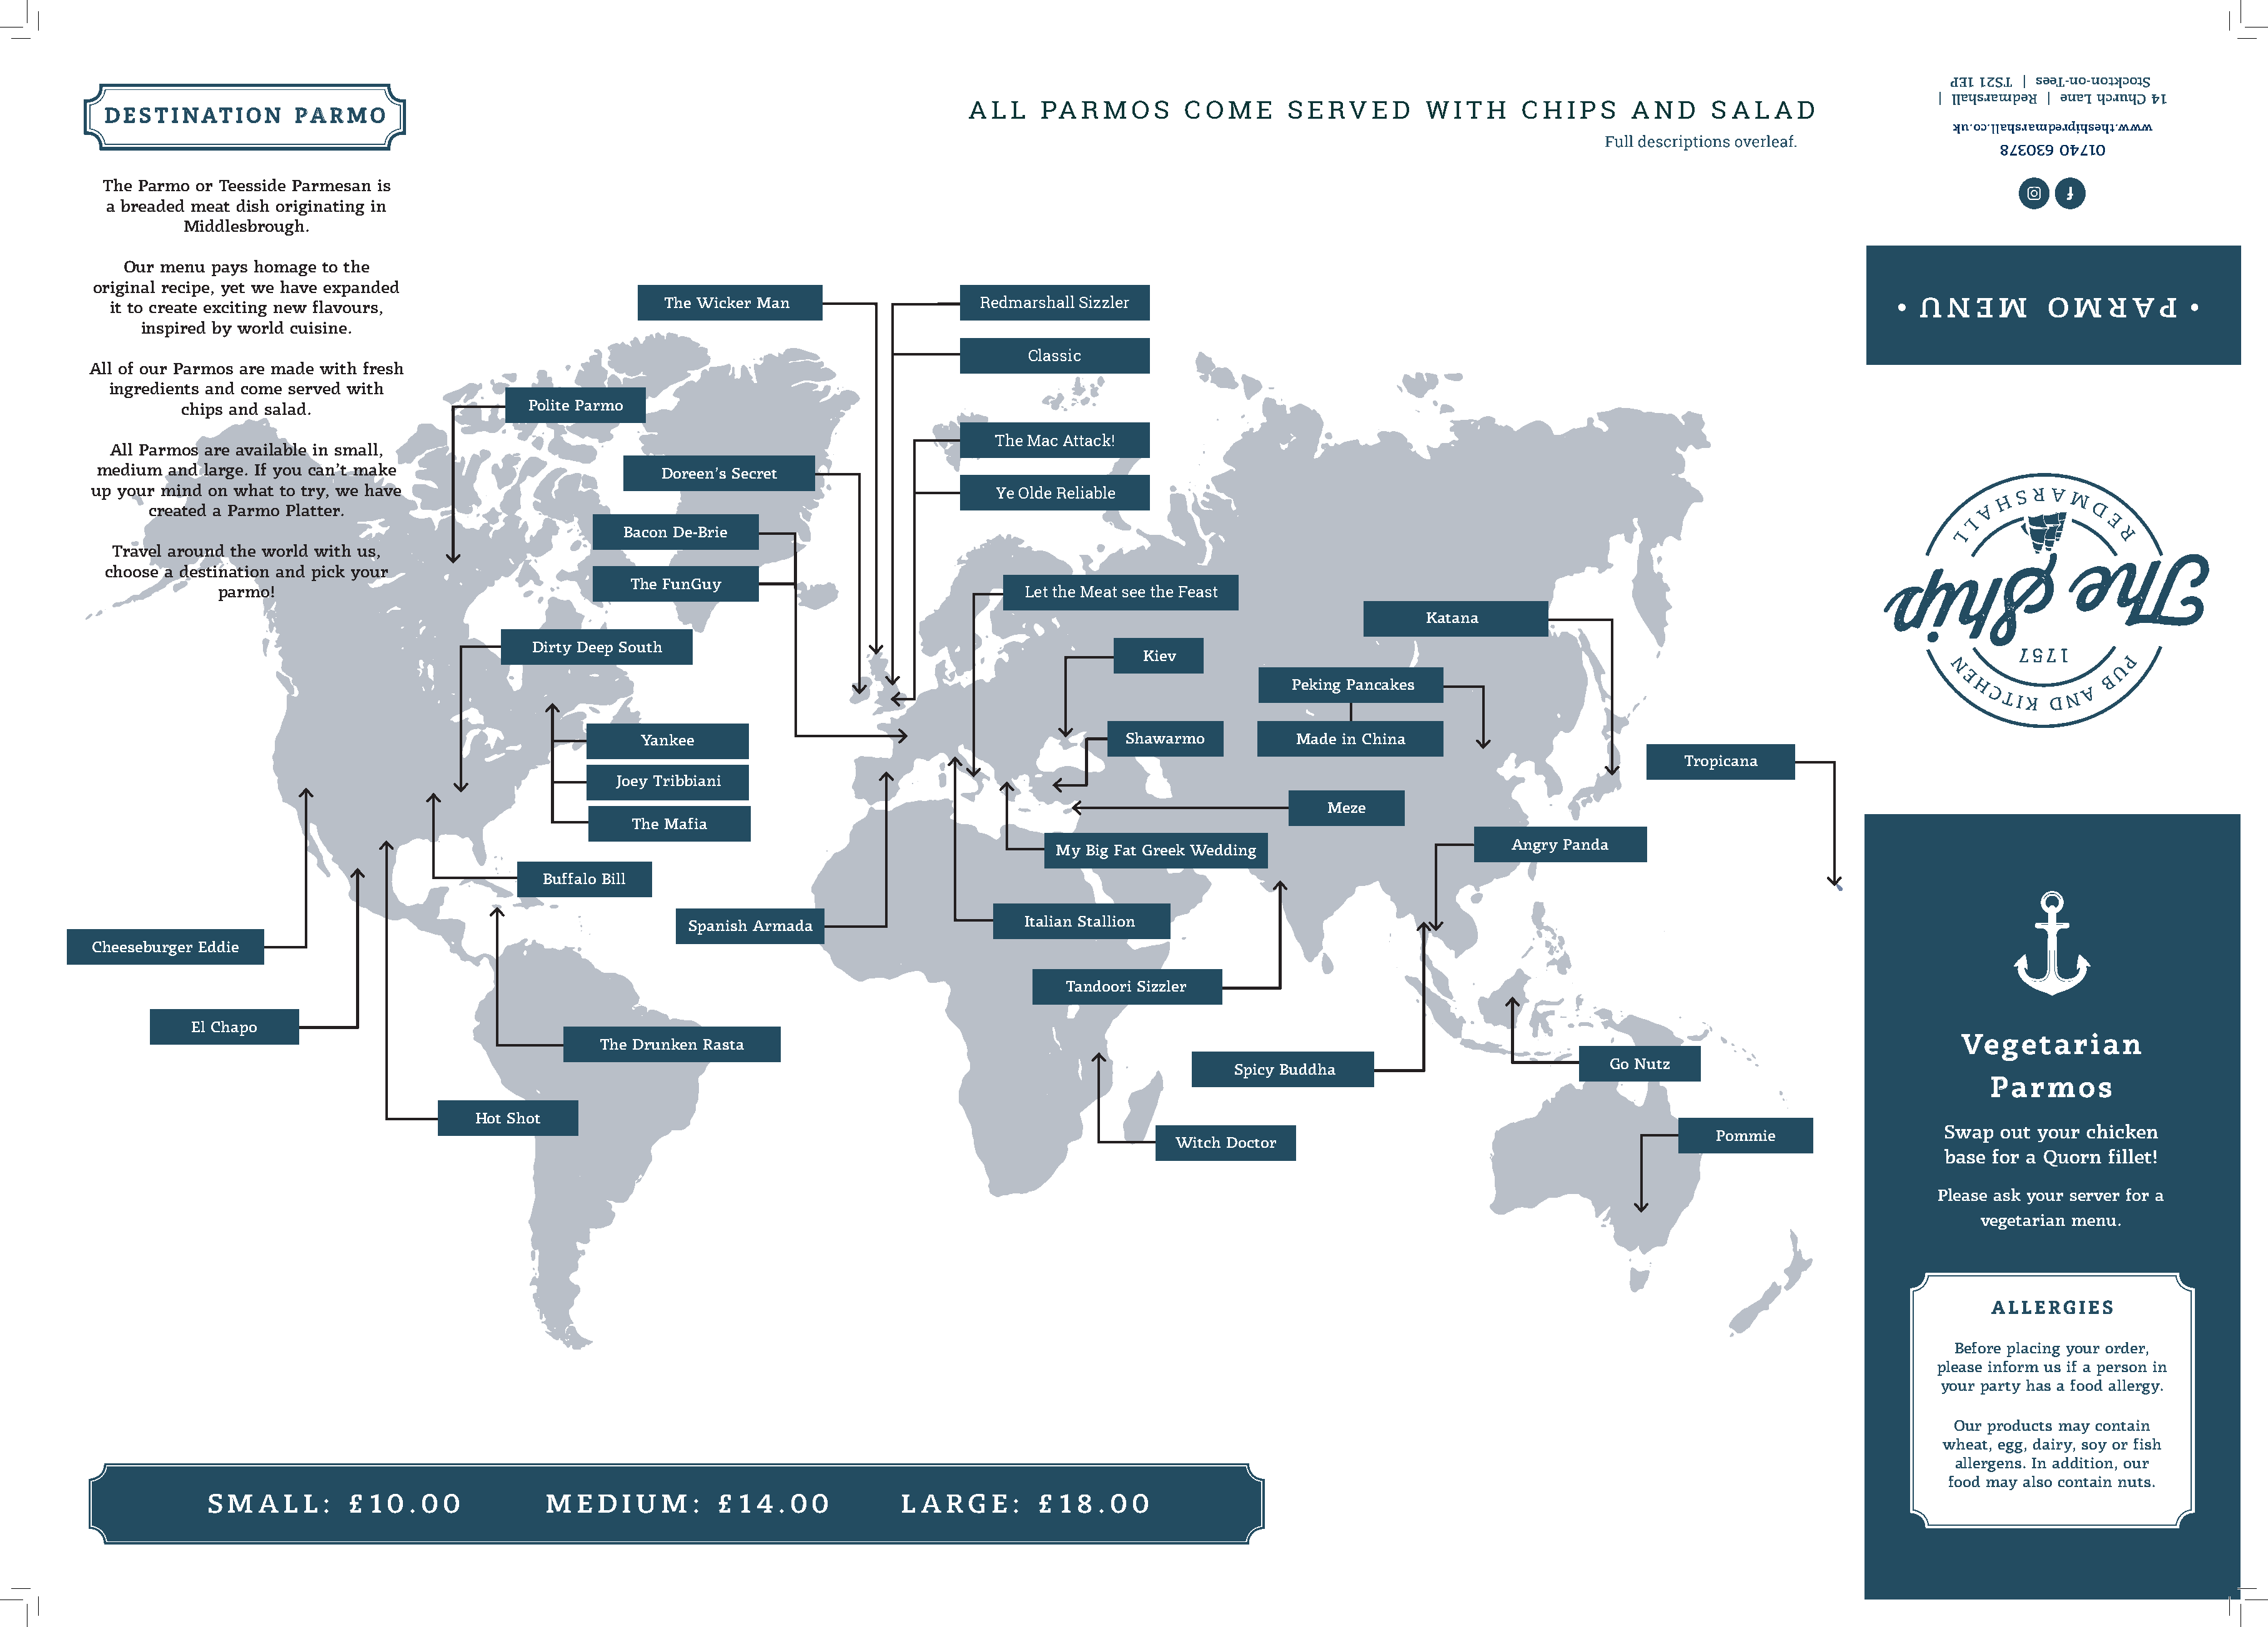
PE1 12ST | seeT-no-notkcotS
 | llahsramdeR | enaL hcruhC 41
 A L L  PA   R M  O S   C O M  E  S  E RV  E  D  W  I T H  C  H I P S  A N  D  S A  L A D
 DDEESSTTIINNAATTIIOONN PPAARRMMOO
 ku.oc.llahsramderpihseht.www
 873036 04710
 The Parmo or Teesside Parmesan is
 a breaded meat dish originating in
 Middlesbrough.
 Our menu pays homage to the
 original recipe, yet we have expanded
 U  N  E  M    O  M  R  A  P
 it to create exciting new flavours,                       The Wicker Man                    RedTmhea Crslhasaslli cSizzler
 inspired by world cuisine.
 Classic
 All of our Parmos are made with fresh
 ingredients and come served with
 chips and salad.                     Polite Parmo
 The Mac Attack!
 All Parmos are available in small,
 medium  and large. If you can’t make                        Doreen’s Secret
 up your mind on what to try, we have
 Ye Olde Reliable
 created a Parmo Platter.
 Bacon De-Brie
 Travel around the world with us,
 choose a destination and pick your
 The FunGuy
 parmo!                                                                                Let the Meat see the Feast
 Katana
 Dirty Deep South
 Kiev
 Peking Pancakes
 Yankee                                             Shawarmo          Made in China
 Tropicana
 Joey Tribbiani
 Meze
 The Mafia
 Angry Panda
 My Big Fat Greek Wedding
 Buffalo Bill
 Italian Stallion
 Spanish Armada
 Cheeseburger Eddie
 Tandoori Sizzler
 El Chapo
 VVeeggeettaarriiaann
 The Drunken Rasta
 Go Nutz
 Spicy Buddha
 PPaarrmmooss
 Hot Shot
 Swap  out your chicken
 Pommie
 Witch Doctor
 base for a Quorn fillet!
 Please ask your server for a
 vegetarian menu.
 AALLLLEERRGGIIEESS
 Before placing your order,
 please inform us if a person in
 your party has a food allergy.
 Our products may contain
 wheat, egg, dairy, soy or fish
 allergens. In addition, our
 food may also contain nuts.
 S M  A  L L :  £ 1 0 . 0 0          M  E DI  U  M  :  £ 1 4 . 0 0         L A RG   E :  £ 1 8 . 0 0